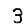
Digit: 3